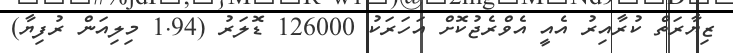
ޒިޔާރަތް ކުރާއިރު އެއީ އެވްރެޖުކޮށް އަހަރަކު 126000 ޑޮލަރު (1.94 މިލިއަން ރުފިޔާ)